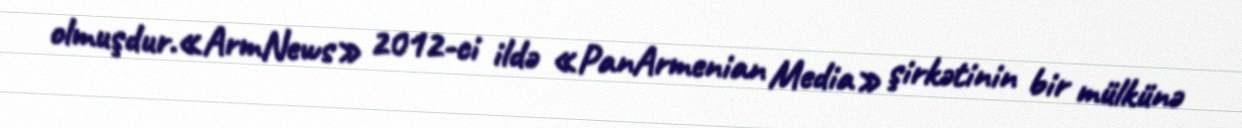
olmuşdur.«ArmNews» 2012-ci ildə «PanArmenian Media» şirkətinin bir mülkünə